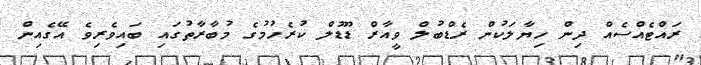
ރައްޓެއްސެއް ދިން ހިޔާލަކުން ރެޑްބުލް ވީއާރް ޑޫޑުލް ކުރެހުމުގެ މުބާރާތުގައި ބައިވެރިވެ އޭގެއިން